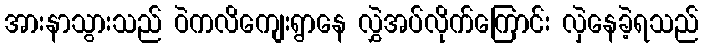
အားနာသွားသည် ဝဲကလိကျေးရွာနေ လွှဲအပ်လိုက်ကြောင်း လှဲနေခဲ့ရသည်